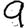
Digit: 9